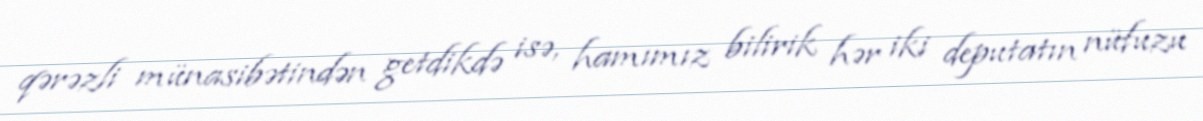
qərəzli münasibətindən getdikdə isə, hamımız bilirik hər iki deputatın nüfuzu